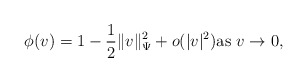
\begin{align*} \phi(v) = 1 - \frac{1}{2} \| v \|_{\Psi}^2 + o(|v|^2) {\rm as}\ v \to 0,\end{align*}